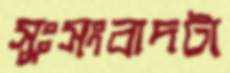
সুঃসংবাদটা